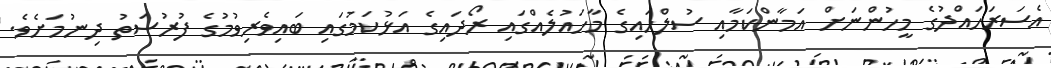
އެސަރަހައްދުގެ މީހުންނަށް އަމާންކަމާއި ސުލްހައިގެ މާހައުލެއްގައި ރޯދައިގެ އަޅުކަމުގައި ބައިވެރިވުމުގެ ފުރުސަތު ދިނުމަށެވެ.